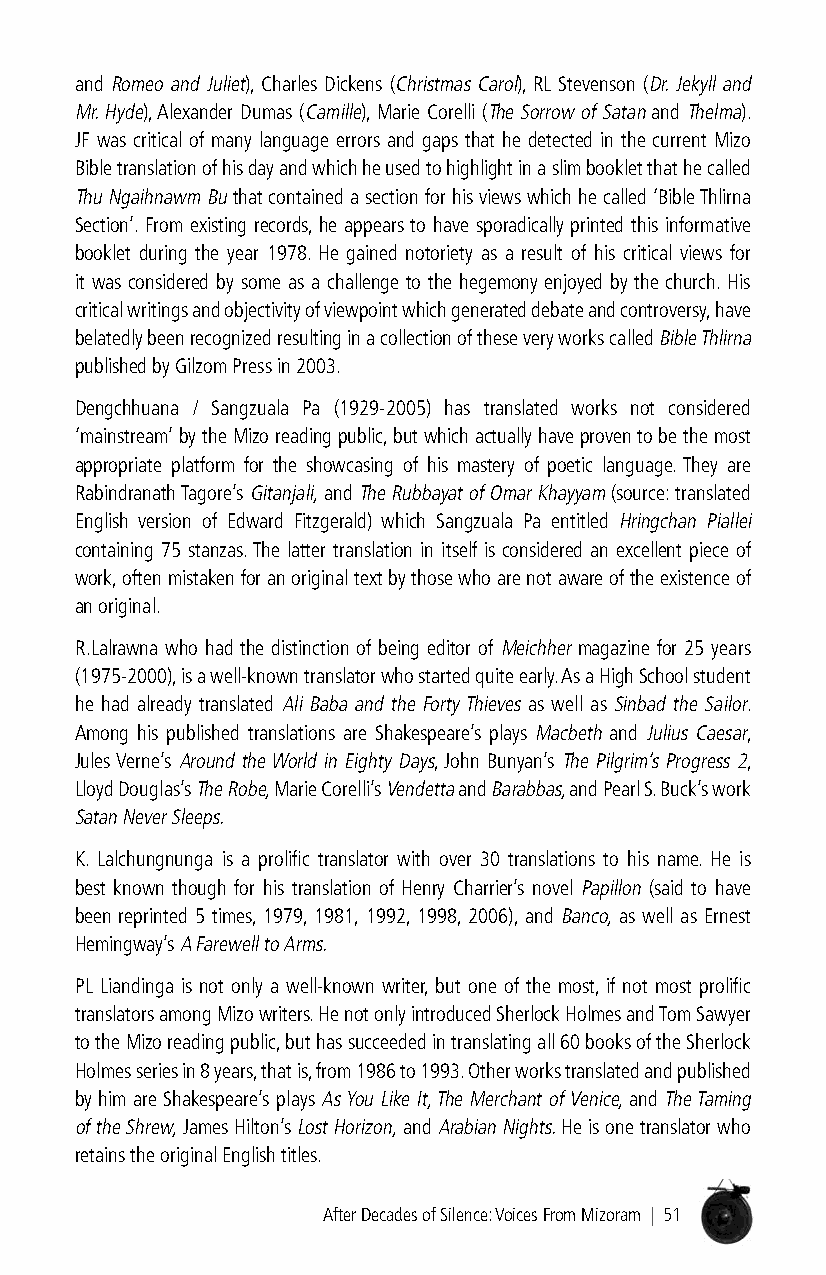
and Romeo and Juliet), Charles Dickens (Christmas Carol), RL Stevenson (Dr. Jekyll and
 Mr. Hyde), Alexander Dumas (Camille), Marie Corelli (The Sorrow of Satan and Thelma).
 JF was critical of many language errors and gaps that he detected in the current Mizo
 Bible translation of his day and which he used to highlight in a slim booklet that he called
 Thu Ngaihnawm Bu that contained a section for his views which he called ‘Bible Thlirna
 Section’. From existing records, he appears to have sporadically printed this informative
 booklet during the year 1978. He gained notoriety as a result of his critical views for
 it was considered by some as a challenge to the hegemony enjoyed by the church. His
 critical writings and objectivity of viewpoint which generated debate and controversy, have
 belatedly been recognized resulting in a collection of these very works called Bible Thlirna
 published by Gilzom Press in 2003.
 Dengchhuana / Sangzuala Pa (1929-2005) has translated works not considered
 ‘mainstream’ by the Mizo reading public, but which actually have proven to be the most
 appropriate platform for the showcasing of his mastery of poetic language. They are
 Rabindranath Tagore’s Gitanjali, and The Rubbayat of Omar Khayyam (source: translated
 English version of Edward Fitzgerald) which Sangzuala Pa entitled Hringchan Piallei
 containing 75 stanzas. The latter translation in itself is considered an excellent piece of
 work, often mistaken for an original text by those who are not aware of the existence of
 an original.
 R.Lalrawna who had the distinction of being editor of Meichher magazine for 25 years
 (1975-2000), is a well-known translator who started quite early. As a High School student
 he had already translated Ali Baba and the Forty Thieves as well as Sinbad the Sailor.
 Among his published translations are Shakespeare’s plays Macbeth and Julius Caesar,
 Jules Verne’s Around the World in Eighty Days, John Bunyan’s The Pilgrim’s Progress 2,
 Lloyd Douglas’s The Robe, Marie Corelli’s Vendetta and Barabbas, and Pearl S. Buck’s work
 Satan Never Sleeps.
 K. Lalchungnunga is a prolific translator with over 30 translations to his name. He is
 best known though for his translation of Henry Charrier’s novel Papillon (said to have
 been reprinted 5 times, 1979, 1981, 1992, 1998, 2006), and Banco, as well as Ernest
 Hemingway’s A Farewell to Arms.
 PL Liandinga is not only a well-known writer, but one of the most, if not most prolific
 translators among Mizo writers. He not only introduced Sherlock Holmes and Tom Sawyer
 to the Mizo reading public, but has succeeded in translating all 60 books of the Sherlock
 Holmes series in 8 years, that is, from 1986 to 1993. Other works translated and published
 by him are Shakespeare’s plays As You Like It, The Merchant of Venice, and The Taming
 of the Shrew, James Hilton’s Lost Horizon, and Arabian Nights. He is one translator who
 retains the original English titles.
 After Decades of Silence: Voices From Mizoram | 51